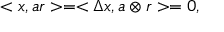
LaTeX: < x , a r > = < \Delta x , a \otimes r > = 0 ,